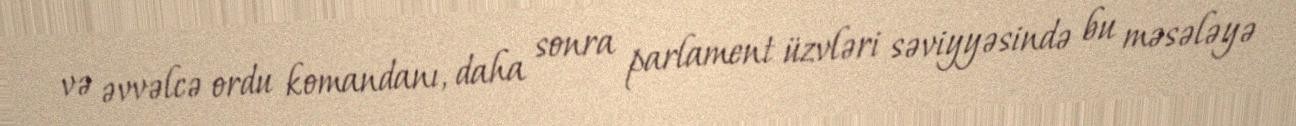
və əvvəlcə ordu komandanı, daha sonra parlament üzvləri səviyyəsində bu məsələyə